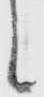
候